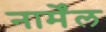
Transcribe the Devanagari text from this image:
नार्मेंल